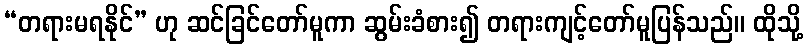
“တရားမရနိုင်” ဟု ဆင်ခြင်တော်မူကာ ဆွမ်းခံစား၍ တရားကျင့်တော်မူပြန်သည်။ ထိုသို့